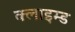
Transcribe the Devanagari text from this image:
क्लाइम्ड